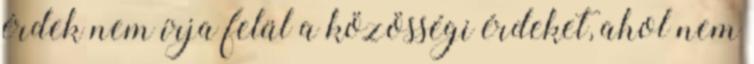
érdek nem írja felül a közösségi érdeket, ahol nem